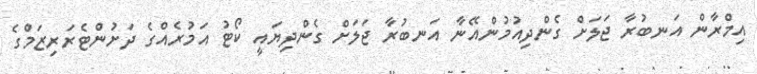
އިމްރާން އަނބުރާ ޖަލަށް ގެންދިއުމުންއޭނާ އަނބުރާ ޖަލަށް ގެންދިޔައީ ކޯޓު އަމުރެއްގެ ދަށުންޓެރަރިޒަމްގެ